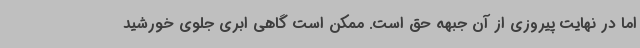
اما در نهایت پیروزی از آن جبهه حق است. ممکن است گاهی ابری جلوی خورشید